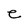
Character: e